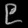
Digit: ၉